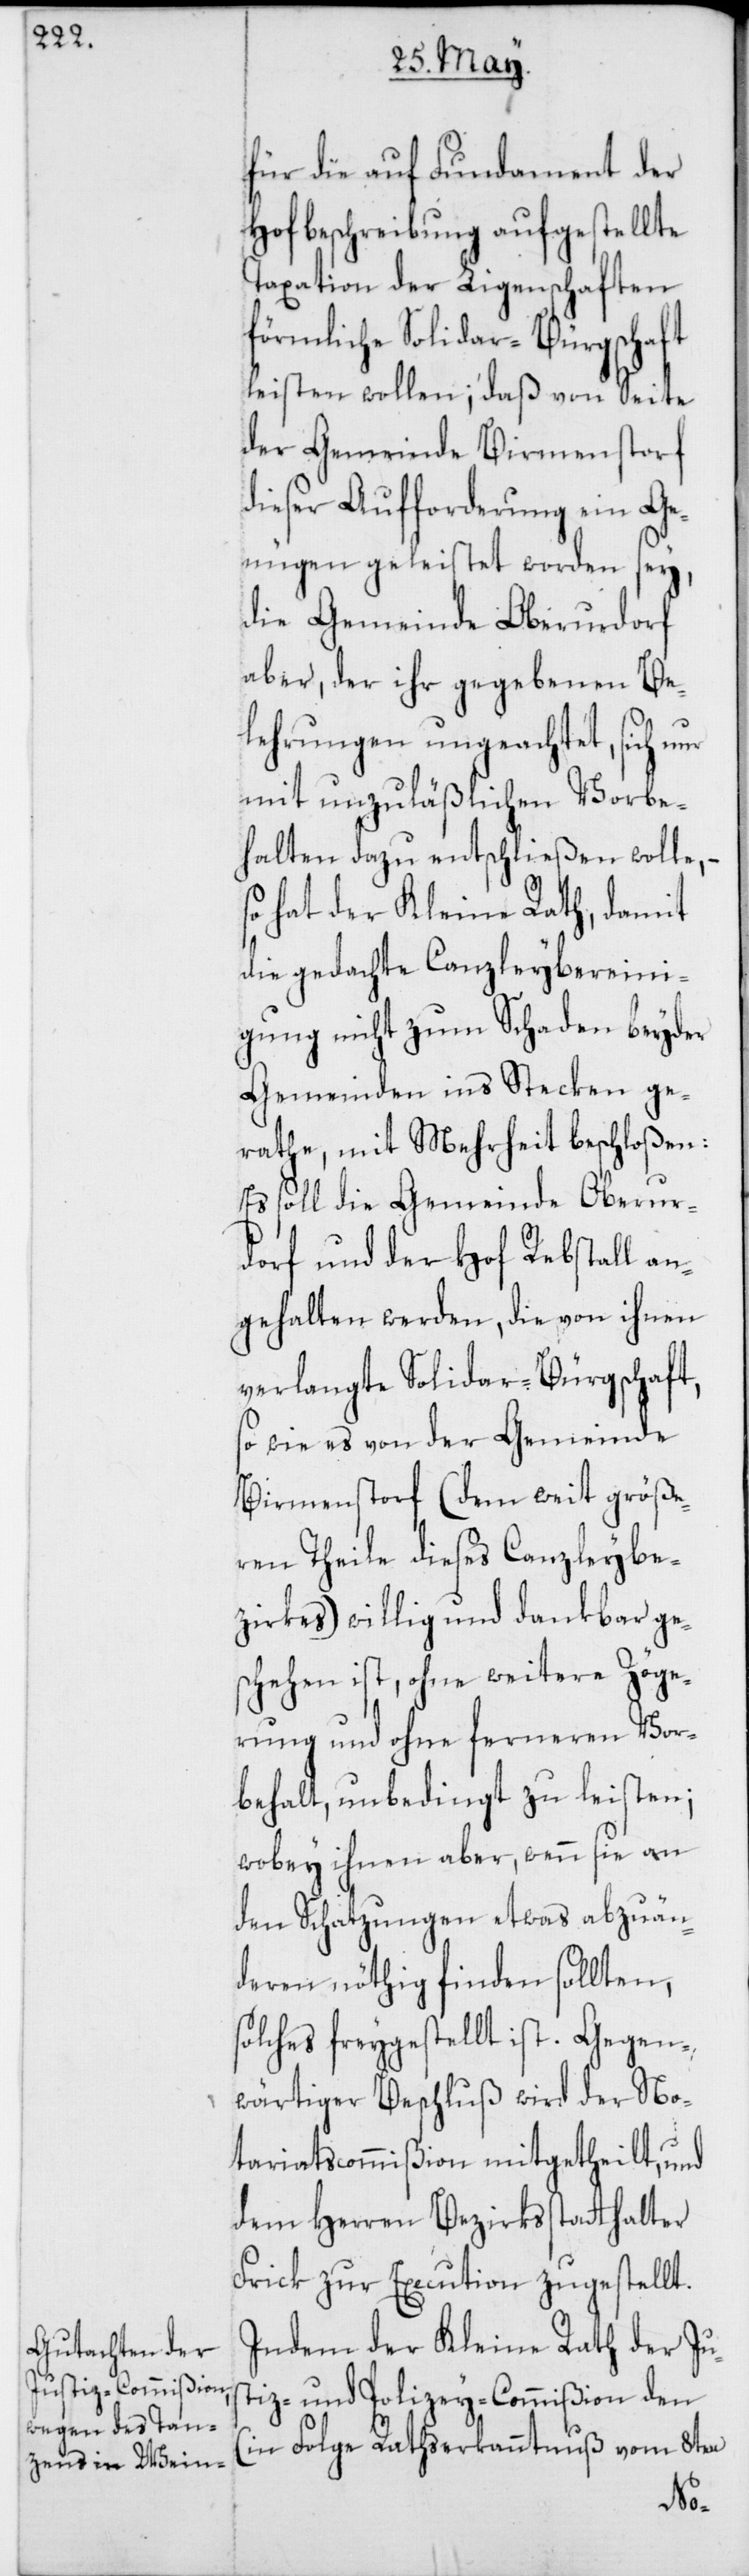
für die auf Fundament der
Hofbeschreibung aufgestellte
Taxation der Liegenschaften
förmliche Solidar-Bürgschaft
leisten wollen; daß von Seite
der Gemeinde Birmenstorf
dieser Aufforderung ein Ge¬
nügen geleistet worden sey,
die Gemeinde Oberurdorf
aber, der ihr gegebenen Be¬
lehrungen ungeachtet, sich
mit unzuläßlichen Vorbe¬
halten dazu entschließen wolle, –
so hat der Kleine Rath, damit
die gedachte Canzleybereini¬
gung nicht zum Schaden beyder
Gemeinden ins Stecken ge¬
rathe, mit Mehrheit beschloßen:
Es soll die Gemeinde Oberur¬
dorf und der Hof Rebstall an¬
gehalten werden, die von ihnen
verlangte Solidar-Bürgschaft,
so wie es von der Gemeinde
Birmenstorf (dem weit größe¬
ren Theile dieses Canzleybe¬
zirkes) willig und dankbar ge¬
schehen ist, ohne weitere Zöge¬
rung und ohne ferneren Vor¬
behalt, unbedingt zu leisten;
wobey ihnen aber, wenn sie an
den Schatzungen etwas abzuän¬
deren nöthig finden sollten,
olches freygestellt ist. Gegen¬
wärtiger Beschluß wird der No¬
tariatscommißion mitgetheilt, und
dem Herren Bezirksstatthalter
Frick zur Execution zugestellt.
Indem der Kleine Rath der Jus¬
tiz- und Polizey-Commißion den
(in Folge Rathserkanntnus vom 8ten
s¬